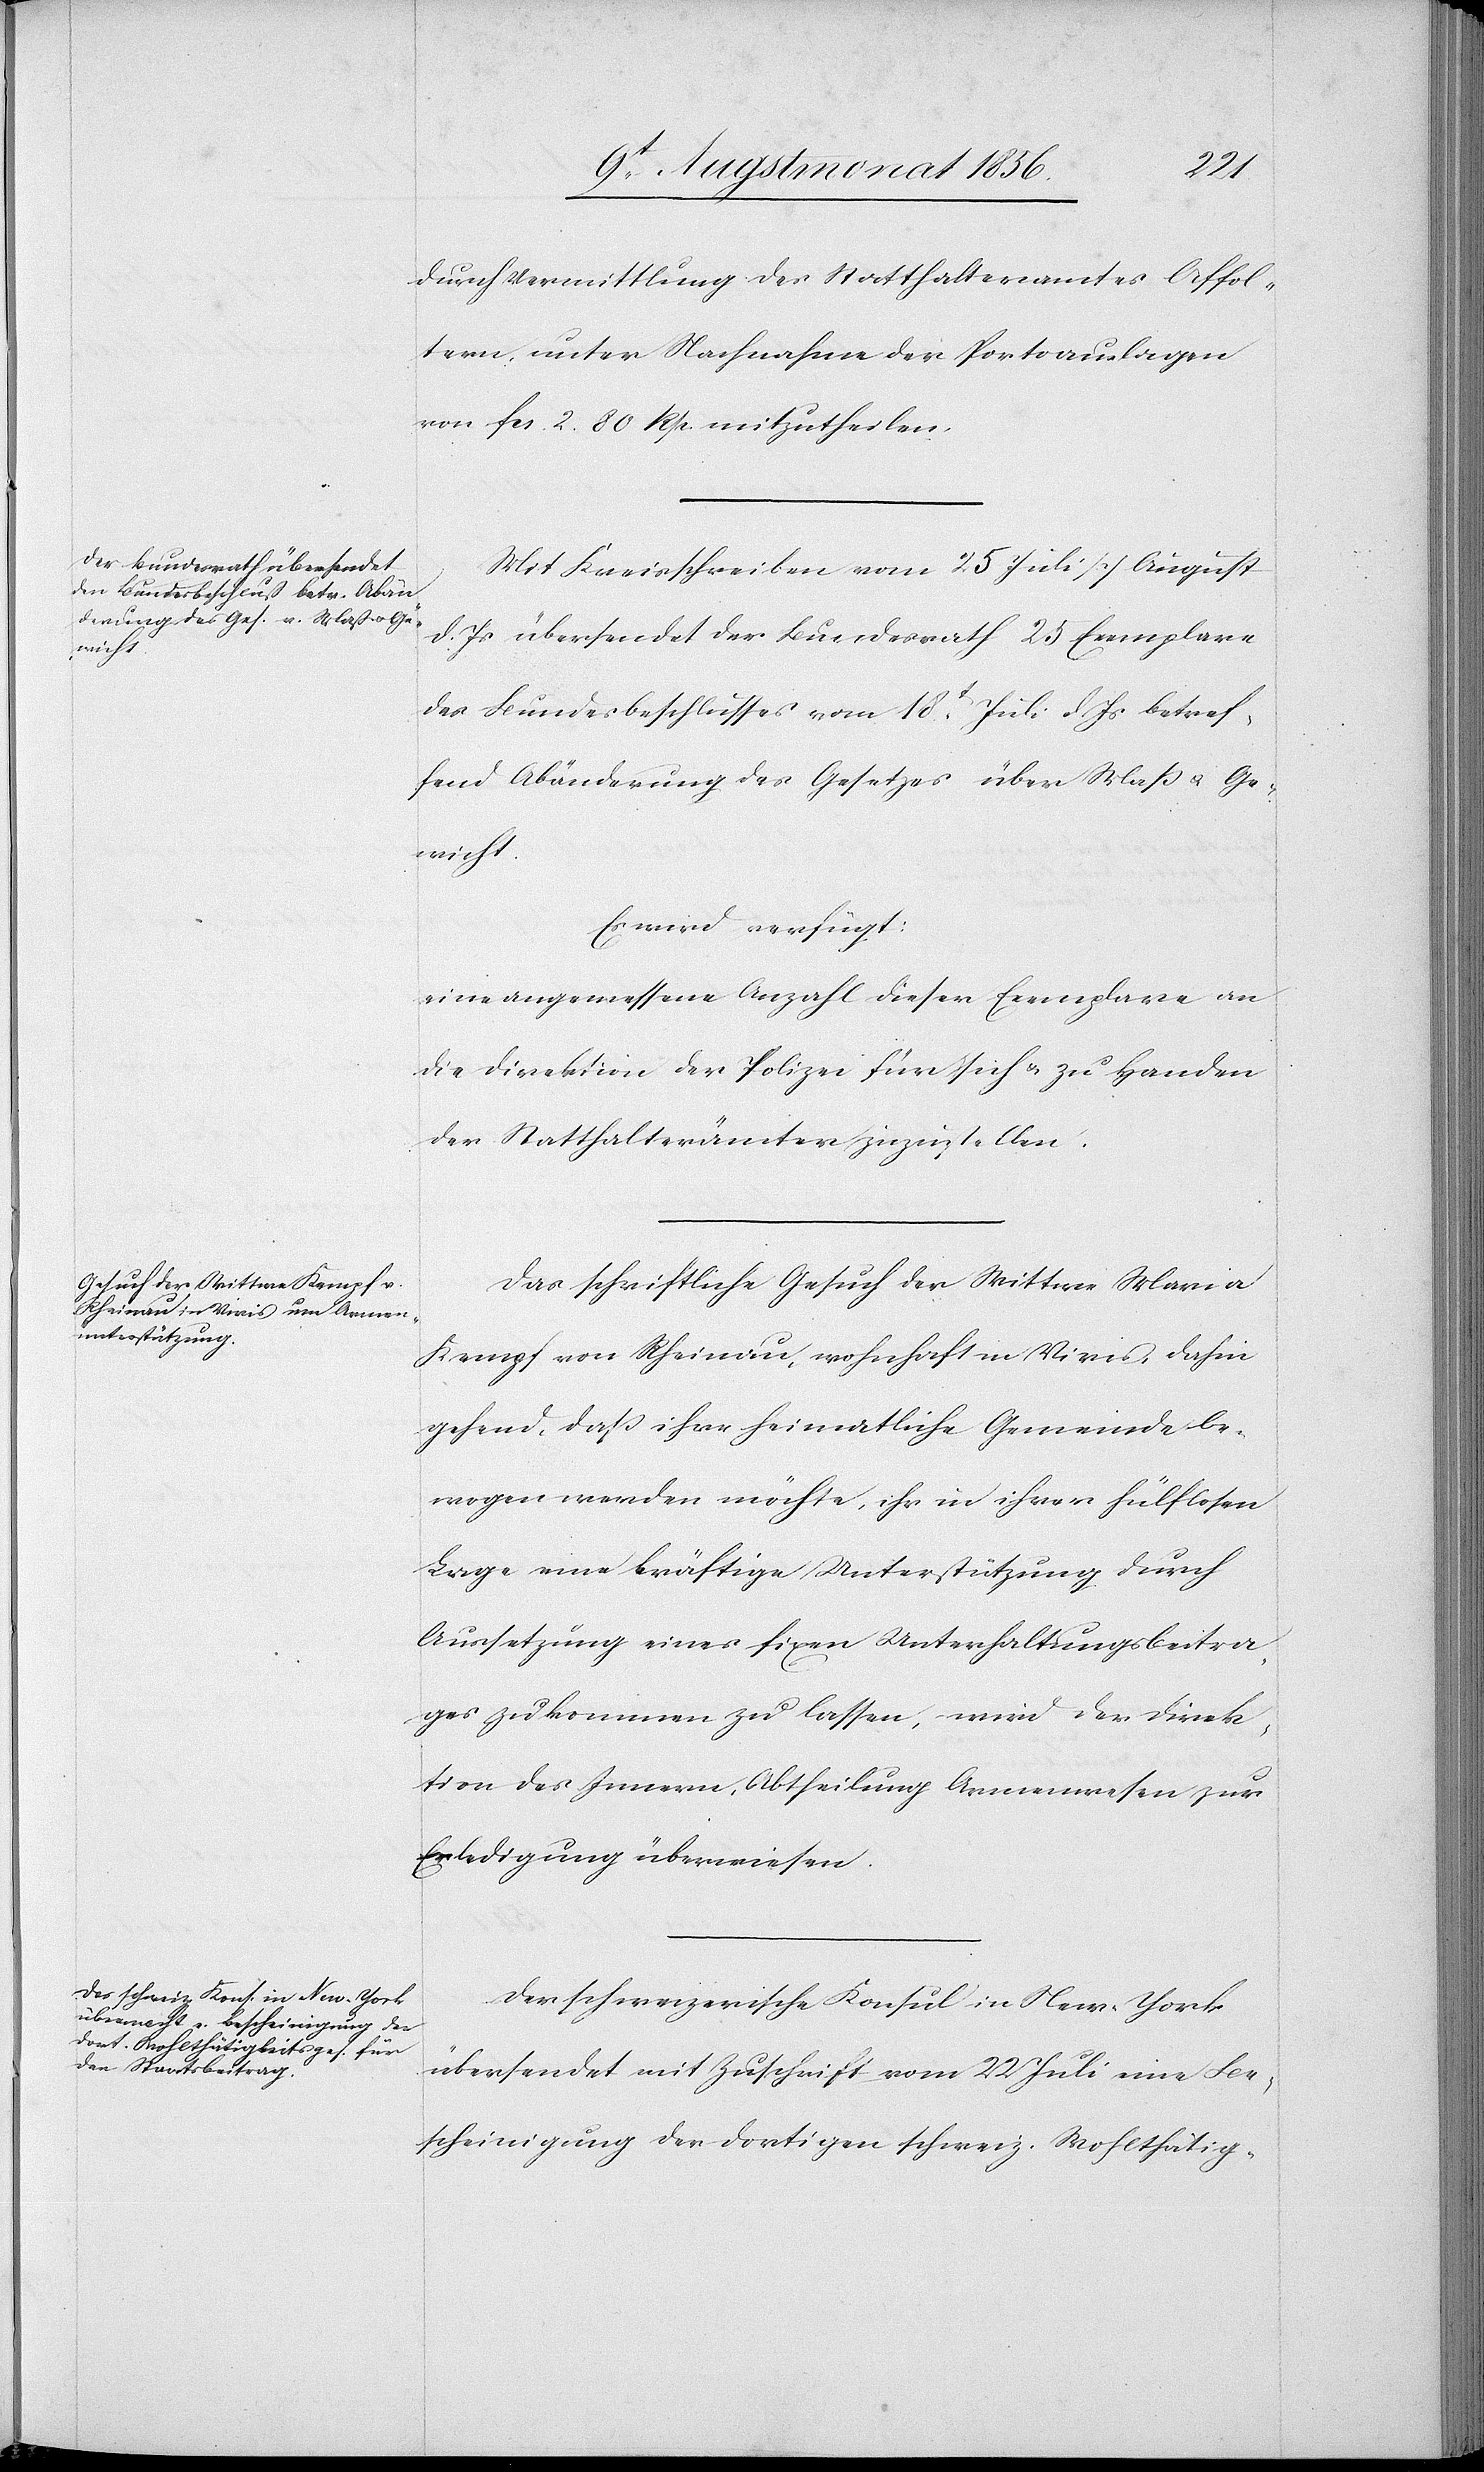
durch Vermittlung des Statthalteramtes Affol¬
tern unter Nachnahme der Portoauslagen
von fcs 2. 80 Rp. mitzutheilen.
Mit Kreisschreiben vom 25 Juli/7 August
d. Js übersendet der Bundesrath 23 Exemplare
des Bundesbeschlusses vom 18t Juli d. Js betref¬
fend Abänderung des Gesetzes über Mass u. Ge¬
wicht.
Es wird verfügt:
eine angemessene Anzahl dieser Exemplare an
die Direktion der Polizei für sich & zu Handen
der Statthalterämter zuzustellen.
Das schriftliche Gesuch der Wittwe Maria
Kempf von Rheinau, wohnhaft in Vivis, dahin
gehend, dass ihre heimatliche Gemeinde be¬
wogen werden möchte, ihr in ihrer hülflosen
Lage eine kräftige Unterstützung durch
Aussetzung eines fixen Unterhaltungsbeitra¬
ges zukommen zu lassen, wird der Direk¬
tion des Innern, Abtheilung Armenwesen zur
Erledigung überwiesen.
Der schweizerische Konsul in New-York
übersendet mit Zuschrift vom 22 Juli eine Be¬
scheinigung der dortigen schweiz. Wohlthätig-